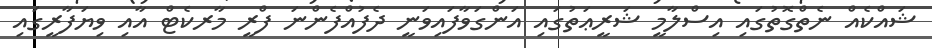
ޝައްކެއް ނެތްގޮތުގައި އިސްލާމީ ޝަރީޢަތުގައި އަންގަވާފައިވަނީ ދެފުއްފެންނަ ފްރީ މާރކެޓް އާއި ވިޔަފާރީގައި